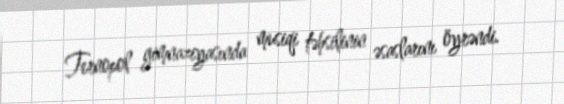
Ternopol gimnaziyasında musiqi təhsilinin əsaslarını öyrəndi.